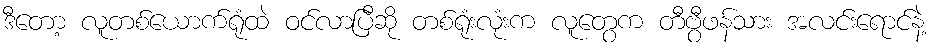
ဒီတော့ လူတစ်ယောက်ရုံထဲ ဝင်လာပြီဆို တစ်ရုံးလုံးက လူတွေက တီဗွီဖန်သား အလင်းရောင်နဲ့